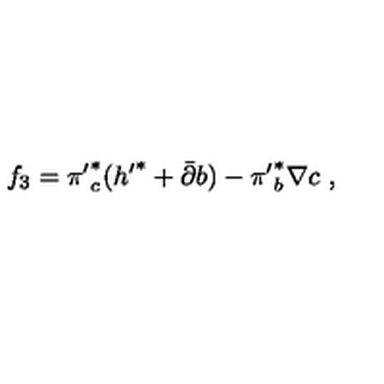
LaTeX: f _ { 3 } = { \pi ^ { \prime } } _ { c } ^ { * } ( { h ^ { \prime } } ^ { * } + { \bar { \partial } } b ) - { \pi ^ { \prime } } _ { b } ^ { * } \nabla c \ ,